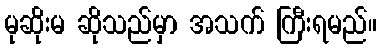
မုဆိုးမ ဆိုသည်မှာ အသက် ကြီးရမည်။